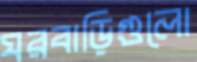
ঘরবাড়িগুলো